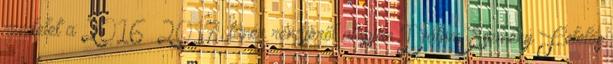
rendelet a 2016 2017. tanév rendjéről alapján Dátum Esemény Felelős